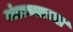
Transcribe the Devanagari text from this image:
थंडाव्याच्या